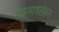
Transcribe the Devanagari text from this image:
रचनावलंबन